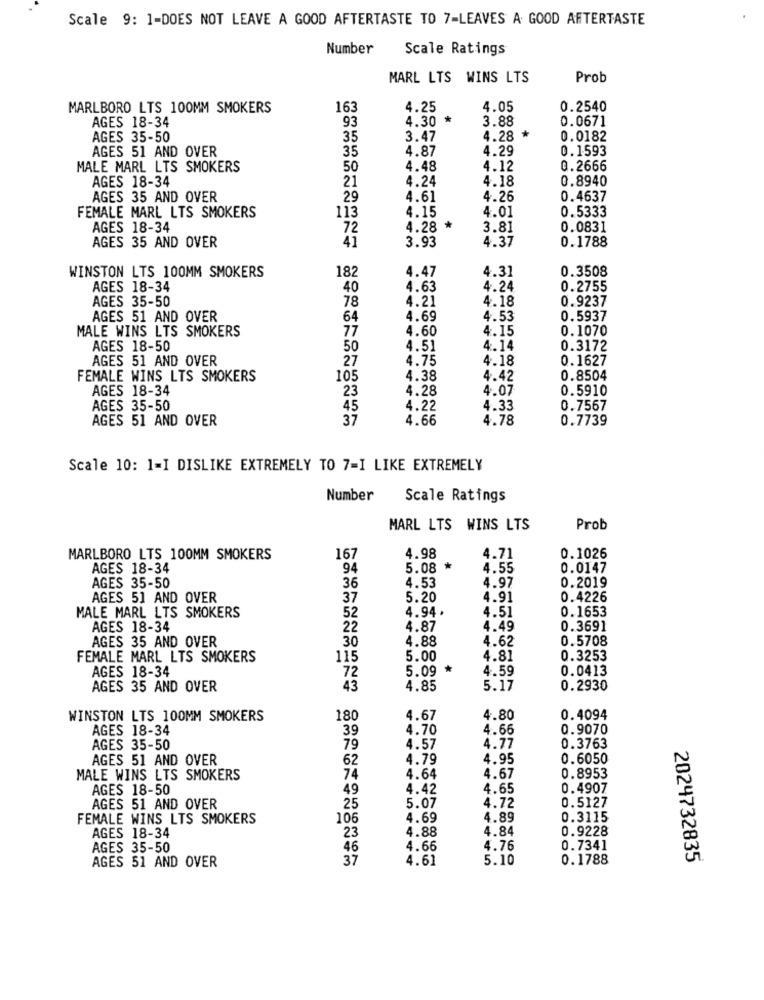
Scale 9: 1-DOES NOT LEAVE A GOOD AFTERTASTE TO 7-LEAVES A GOOD AFTERTASTE
Number
Scale Ratings
MARL LTS WINS LTS
Prob
MARLBORO LTS 100MM SMOKERS
163
4.25
4.05
0.2540
AGES 18-34
93
4.30 *
3.88
0.0671
AGES 35-50
35
3.47
4.28 *
0.0182
4.87
4.29
0.1593
AGES 51 AND OVER
35
MALE MARL LTS SMOKERS
50
4.48
4.12
0.2666
AGES 18-34
4.24
4.18
0.8940
21
AGES 35 AND OVER
29
4.61
4.26
0.4637
FEMALE MARL LTS SMOKERS
113
4.15
4.01
0.5333
AGES 18-34
72
4.28 *
3.81
0.0831
41
4.37
0.1788
AGES 35 AND OVER
3.93
WINSTON LTS 100MM SMOKERS
4.47
4.31
0.3508
182
AGES 18-34
40
4.63
4.24
0.2755
AGES 35-50
4.21
4.18
0.9237
78
AGES 51 AND OVER
64
4.69
4.53
0.5937
MALE WINS LTS SMOKERS
77
4.60
4.15
0.1070
AGES 18-50
50
4.51
4.14
0.3172
AGES 51 AND OVER
27
4.75
4.18
0.1627
FEMALE WINS LTS SMOKERS
105
4.38
4.42
0.8504
AGES 18-34
23
4.28
4.07
0.5910
AGES 35-50
45
4.22
4.33
0.7567
AGES 51 AND OVER
37
4.66
4.78
0.7739
Scale 10: 1=I DISLIKE EXTREMELY TO 7=I LIKE EXTREMELY
Number
Scale Ratings
MARL LTS WINS LTS
Prob
MARLBORO LTS 100MM SMOKERS
167
4.98
4.71
0.1026
AGES 18-34
94
5.08 *
4.55
0.0147
AGES 35-50
4.97
0.2019
36
4.53
AGES 5] AND OVER
37
5.20
4.91
0.4226
4.94.
4.51
0.1653
MALE MARL LTS SMOKERS
52
AGES 18-34
22
4.87
4.49
0.3691
AGES 35 AND OVER
30
4.88
4.62
0.5708
FEMALE MARL LTS SMOKERS
115
5.00
4.81
0.3253
AGES 18-34
5.09
*
4.59
0.0413
72
AGES 35 AND OVER
43
4.85
5.17
0.2930
WINSTON LTS 100MM SMOKERS
180
4.67
4.80
0.4094
AGES 18-34
39
4.70
4.66
0.9070
AGES 35-50
79
4.57
4.77
0.3763
AGES 51 AND OVER
62
4.79
4.95
0.6050
MALE WINS LTS SMOKERS
74
4.64
4.67
0.8953
AGES 18-50
49
4.42
4.65
0.4907
0.5127
AGES 51 AND OVER
25
5.07
4.72
FEMALE WINS LTS SMOKERS
106
4.69
4.89
0.3115
AGES 18-34
4.88
4.84
0.9228
23
AGES 35-50
46
4.66
4.76
0.7341
AGES 51 AND OVER
37
4.61
5.10
0.1788
2024732835